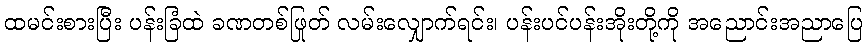
ထမင်းစားပြီး ပန်းခြံထဲ ခဏတစ်ဖြုတ် လမ်းလျှောက်ရင်း၊ ပန်းပင်ပန်းအိုးတို့ကို အညောင်းအညာပြေ